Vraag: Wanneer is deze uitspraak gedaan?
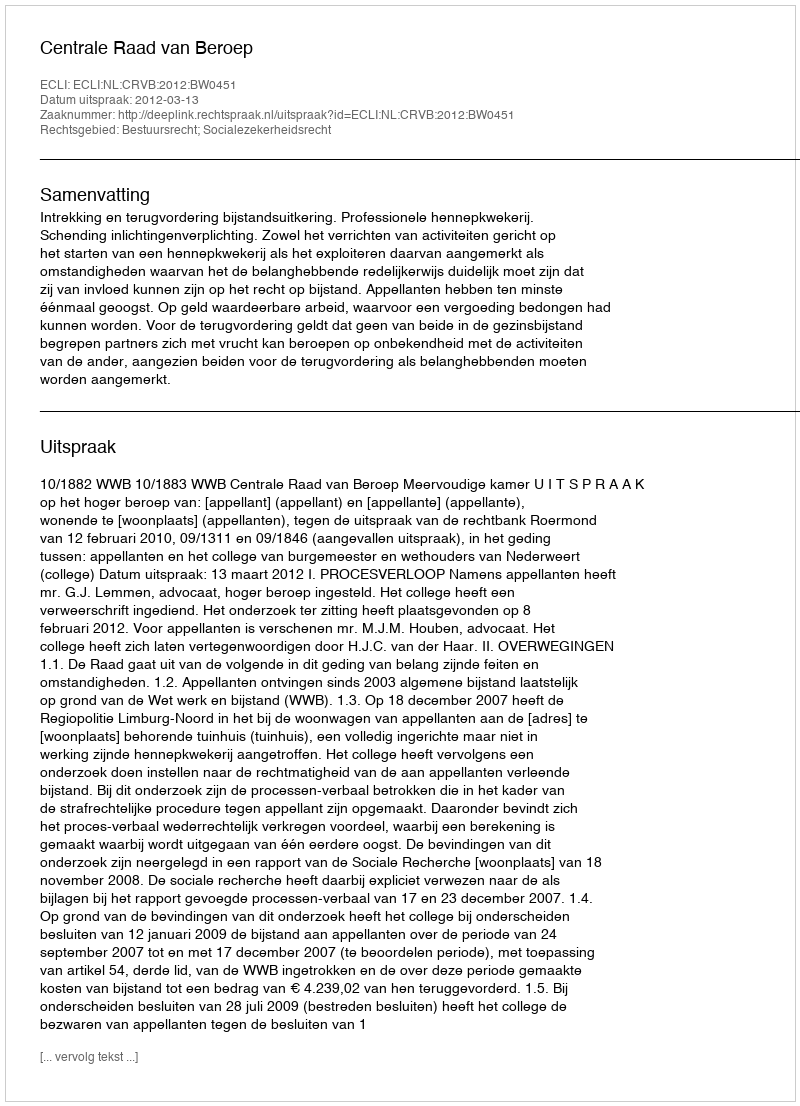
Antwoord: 2012-03-13